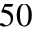
5 0